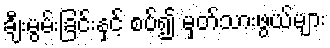
ချီးမွမ်းခြင်းနှင့် စပ်၍ မှတ်သားဖွယ်များ